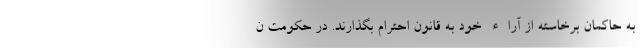
به حاکمان برخاسته از آراء خود به قانون احترام بگذارند. در حکومت ن